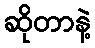
ဆိုတာနဲ့